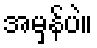
အမှန်ပဲ။